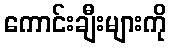
ကောင်းချီးများကို